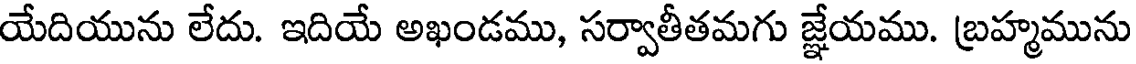
యేదియును లేదు. ఇదియే అఖండము, సర్వాతీతమగు జ్ఞేయము. బ్రహ్మమును